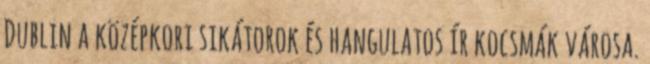
Dublin a középkori sikátorok és hangulatos ír kocsmák városa.